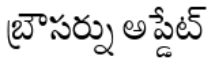
బ్రౌసర్ను అప్డేట్